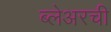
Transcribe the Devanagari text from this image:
ब्लेअरची